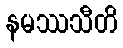
နမဿသီတိ